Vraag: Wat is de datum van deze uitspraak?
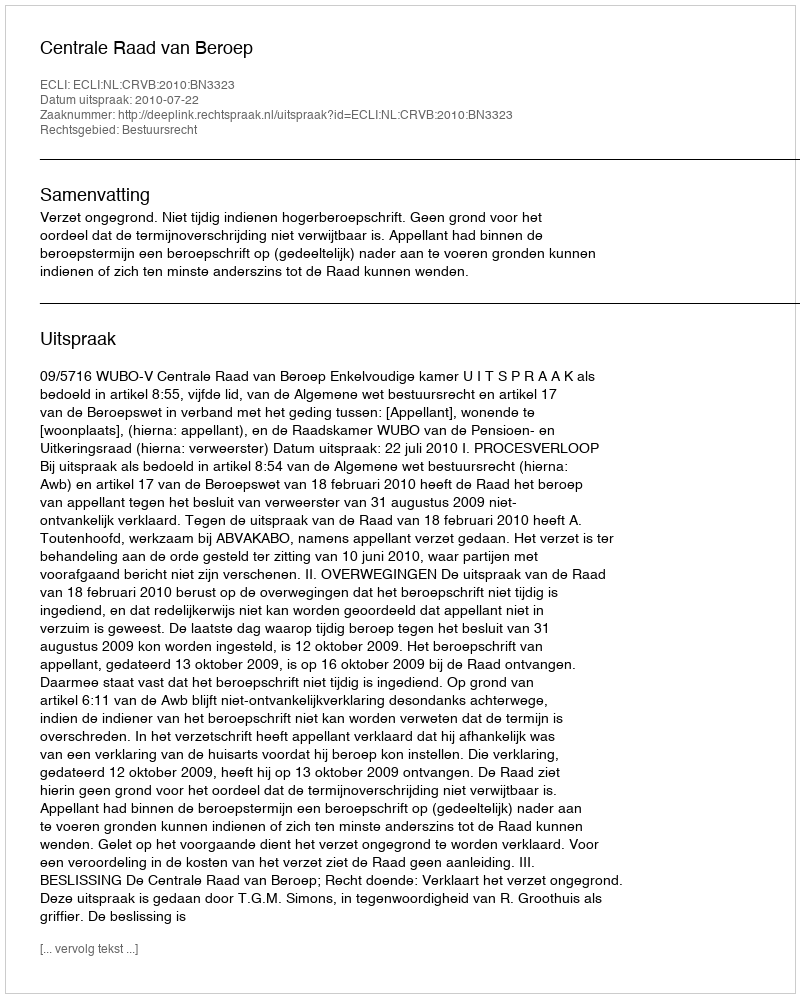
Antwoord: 2010-07-22